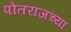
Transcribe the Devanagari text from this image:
पोतराजच्या